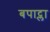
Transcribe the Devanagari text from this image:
बपाट्ला